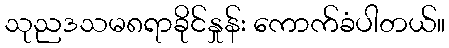
သုညဒသမ၈ရာခိုင်နှုန်း ကောက်ခံပါတယ်။